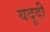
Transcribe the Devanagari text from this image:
यदूदी